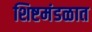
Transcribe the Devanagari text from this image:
शिष्टमंडळात